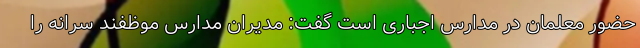
حضور معلمان در مدارس اجباری است گفت: مدیران مدارس موظفند سرانه را